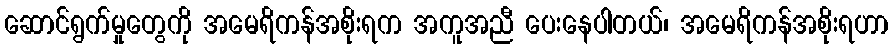
ဆောင်ရွက်မှုတွေကို အမေရိကန်အစိုးရက အကူအညီ ပေးနေပါတယ်၊ အမေရိကန်အစိုးရဟာ